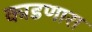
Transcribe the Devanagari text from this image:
काडणारा